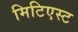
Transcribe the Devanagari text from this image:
मिटिएस्ट